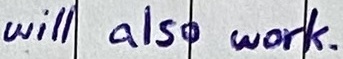
Text: will also work.